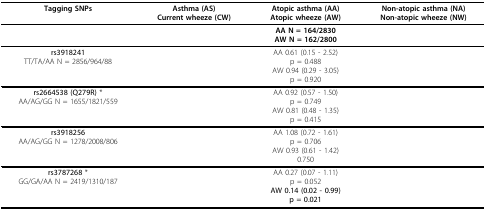
<table><thead><tr><td><b>Tagging SNPs</b></td><td><b>Asthma (AS)Current wheeze (CW)</b></td><td><b>Atopic asthma (AA)Atopic wheeze (AW)</b></td><td><b>Non-atopic asthma (NA)Non-atopic wheeze (NW)</b></td></tr></thead><tbody><tr><td>[EMPTY_CELL]</td><td>[EMPTY_CELL]</td><td><b>AA </b>N = <b>164/2830</b><b>AW </b>N = <b>162/2800</b></td><td>[EMPTY_CELL]</td></tr><tr><td><b>rs3918241</b>TT/TA/AA N = 2856/964/88</td><td>[EMPTY_CELL]</td><td>AA 0.61 (0.15 - 2.52)p = 0.488AW 0.94 (0.29 - 3.05)p = 0.920</td><td>[EMPTY_CELL]</td></tr><tr><td><b>rs2664538 (Q279R) </b>*AA/AG/GG N = 1655/1821/559</td><td>[EMPTY_CELL]</td><td>AA 0.92 (0.57 - 1.50)p = 0.749AW 0.81 (0.48 - 1.35)p = 0.415</td><td>[EMPTY_CELL]</td></tr><tr><td><b>rs3918256</b>AA/AG/GG N = 1278/2008/806</td><td>[EMPTY_CELL]</td><td>AA 1.08 (0.72 - 1.61)p = 0.706AW 0.93 (0.61 - 1.42)0.750</td><td>[EMPTY_CELL]</td></tr><tr><td><b>rs3787268 </b>*GG/GA/AA N = 2419/1310/187</td><td>[EMPTY_CELL]</td><td>AA 0.27 (0.07 - 1.11)p = 0.052<b>AW 0.14 (0.02 - 0.99)</b><b>p = 0.021</b></td><td>[EMPTY_CELL]</td></tr></tbody></table>